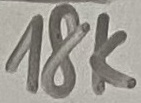
Text: 18K